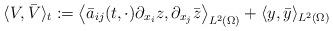
LaTeX: \begin{align*}\langle V, \bar{V}\rangle_{t} :=\big\langle \bar{a}_{ij}(t, \cdot) \partial_{x_{i}} z, \partial_{x_{j}} \bar{z}\big\rangle_{L^{2}(\Omega)} +\langle y, \bar{y}\rangle_{L^{2}(\Omega)} \end{align*}